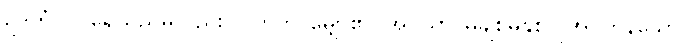
ဥဒကံ ဝါ၊ ရေသည်မူလည်း။ ဝဟတိ၊ မျှော၏။ အပ္ပိယာ၊ မချစ်မနှစ်လိုအပ်ကုန်သော။